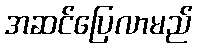
အဆင်ပြေလာမည်